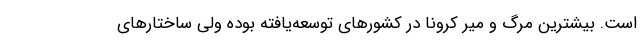
است. بیشترین مرگ و میر کرونا در کشورهای توسعه‌یافته بوده ولی ساختارهای